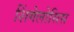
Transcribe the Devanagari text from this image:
शिंगेलोसिस